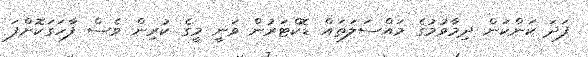
ފަދަ ކަންކަން ދިމާވުމުގެ މައްސަލަތައް ޑޮކްޓަރުން ވަނީ މީގެ ކުރިން ވެސް ފާހަގަކޮށްފަ